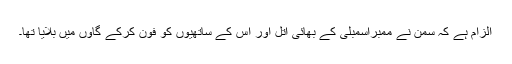
الزام ہے کہ سمن نے ممبراسمبلی کے بھائی اتل اور اس کے ساتھیوں کو فون کرکے گاوں میں بلایا تھا۔